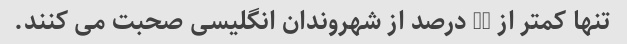
تنها کمتر از 20 درصد از شهروندان انگلیسی صحبت می کنند.